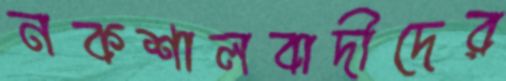
নকশালবাদীদের